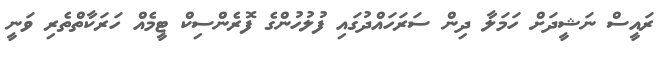
ރައީސް ނަޝީދަށް ހަމަލާ ދިން ސަރަހައްދުގައި ފުުލުހުންގެ ފޮރެންސިކް ޓީމެއް ހަރަކާތްތެރި ވަނީ